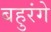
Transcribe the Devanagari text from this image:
बहुरंगे